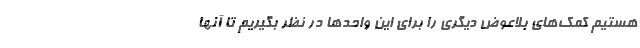
هستیم کمک‌های بلاعوض دیگری را برای این واحدها در نظر بگیریم تا آنها